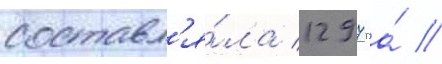
составл'я́ла 1297 га́ //